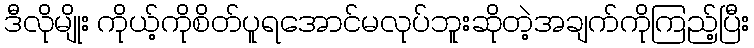
ဒီလိုမျိုး ကိုယ့်ကိုစိတ်ပူရအောင်မလုပ်ဘူးဆိုတဲ့အချက်ကိုကြည့်ပြီး